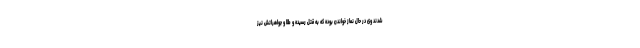
شدند وی در حال نماز خواندن بوده که به قتل رسیده و طلا و جواهراتش نیز